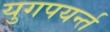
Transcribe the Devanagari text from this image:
युगपयर्न्त